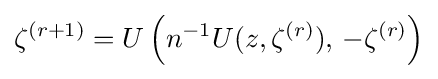
\zeta ^{(r+1)}=U\left(n^{-1}U(z,\zeta ^{(r)}),\,-\zeta ^{(r)}\right)